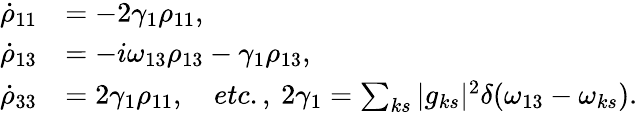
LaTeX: \begin{array}{rl}{\dot{\rho}_{11}}&{=-2\gamma_{1}\rho_{11},}\\ {\dot{\rho}_{13}}&{=-i\omega_{13}\rho_{13}-\gamma_{1}\rho_{13},}\\ {\dot{\rho}_{33}}&{=2\gamma_{1}\rho_{11},\quad etc.,\: 2\gamma_{1}=\sum_{ks}|g_{ks}|^{2}\delta(\omega_{13}-\omega_{ks}).}\end{array}